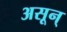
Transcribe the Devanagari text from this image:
असून्